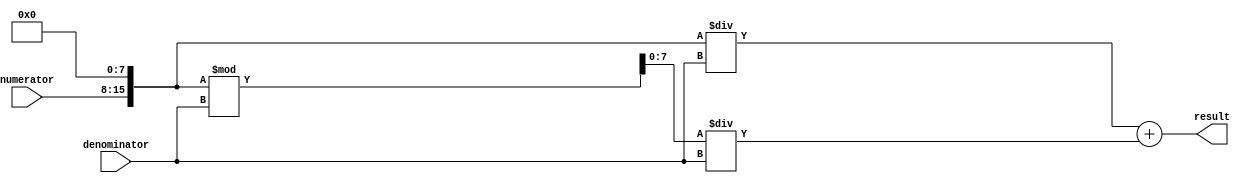
module Fractional_Divider (
    input wire [7:0] numerator,
    input wire [7:0] denominator,
    output reg [15:0] result
);

reg [15:0] num_base, den_base, quotient;
reg [7:0] remainder;

always @ (numerator, denominator) begin
    num_base = numerator << 8; // Convert numerator to common base
    den_base = denominator;
    
    quotient = num_base / den_base;
    remainder = num_base % den_base;
    
    result = quotient + (remainder / den_base);
end

endmodule